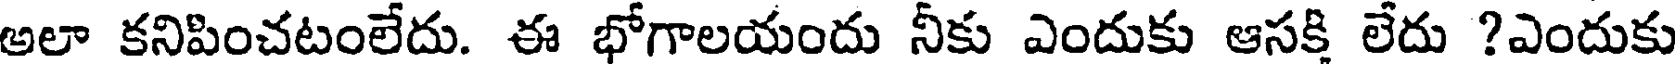
అలా కనిపించటంలేదు. ఈ భోగాలయందు నీకు ఎందుకు ఆసక్తి లేదు ?ఎందుకు